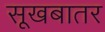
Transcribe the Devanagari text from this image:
सूखबातर